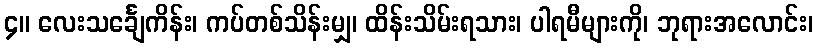
၄။ လေးသင်္ချေကိန်း၊ ကပ်တစ်သိန်းမျှ၊ ထိန်းသိမ်းရသား၊ ပါရမီများကို၊ ဘုရားအလောင်း၊